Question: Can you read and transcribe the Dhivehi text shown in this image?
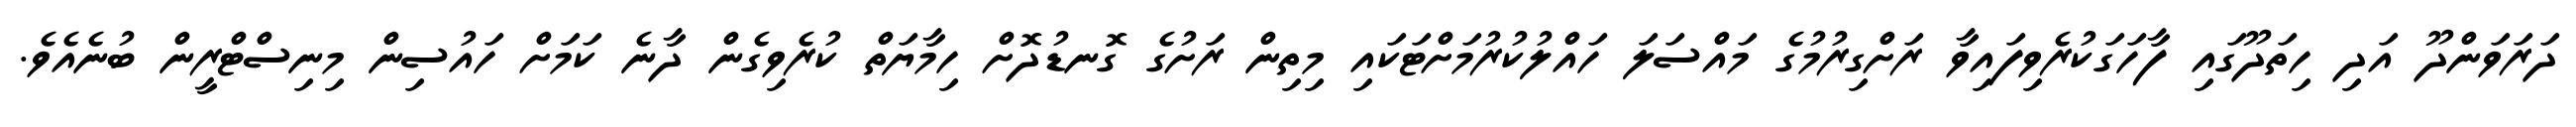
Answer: ދަރަވަންދޫ އަދި ހިތަދޫގައި ފާހަގަކުރެވިފައިވާ ރަށްގިރުމުގެ މައްސަލަ ހައްލުކުރުމަށްޓަކައި މިތިން ރަށުގެ ގޮނޑުދޮށް ހިމާޔަތް ކުރެވިގެން ދާނެ ކަމަށް ހައުސިން މިނިސްޓްރީން ބުނެއެވެ.